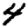
Digit: 4